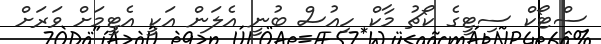
ސްޓޯކް ސިޓީގެ ކޯޗު މާކް ހިއުސް ބުނީ އެލަން އަކީ އެޓީމަށް ވަރަށް